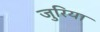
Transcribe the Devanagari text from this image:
जुरिया